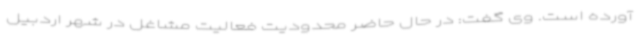
آورده است. وی گفت: در حال حاضر محدودیت فعالیت مشاغل در شهر اردبیل